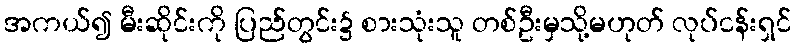
အကယ်၍ မီးဆိုင်းကို ပြည်တွင်း၌ စားသုံးသူ တစ်ဦးမှသို့မဟုတ် လုပ်ငန်းရှင်